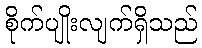
စိုက်ပျိုးလျက်ရှိသည်